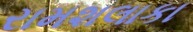
રામશલાકા